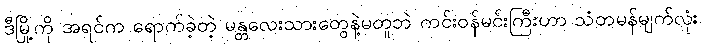
ဒီမြို့ကို အရင်က ရောက်ခဲ့တဲ့ မန္တလေးသားတွေနဲ့မတူဘဲ ကင်းဝန်မင်းကြီးဟာ သံတမန်မျက်လုံး